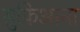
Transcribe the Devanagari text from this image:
सुफ़िआना